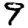
Digit: 9